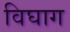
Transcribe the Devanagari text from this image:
विघाग